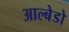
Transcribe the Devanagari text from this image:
आल्बेडो